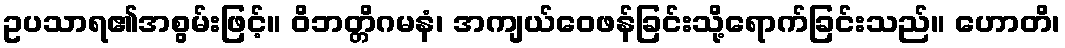
ဥပသာရ၏အစွမ်းဖြင့်။ ဝိဘတ္တိဂမနံ၊ အကျယ်ဝေဖန်ခြင်းသို့ရောက်ခြင်းသည်။ ဟောတိ၊